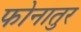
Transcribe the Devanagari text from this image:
फोनातुर